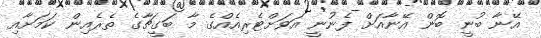
އޭނާ ބުނީ ބޮން އޭނާއަށް ފެނުނީ އަވަށްޓެރިއެއްގެ މާ ބަގީޗާގެ ތެރެއިން ކަމަށާއި